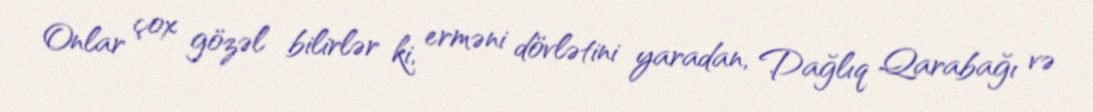
Onlar çox gözəl bilirlər ki, erməni dövlətini yaradan, Dağlıq Qarabağı və